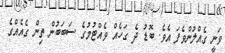
ވަނީ ގެއްލުންވެފަ އެވެ. ބޮޑު ދެ ގަހެއް ވެއްޓުމުގެ ސަބަބުން ތިން ގެއެއްގެ